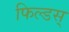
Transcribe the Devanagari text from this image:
फिल्डस्